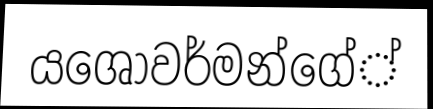
යශෝවර්මන්ගේ්